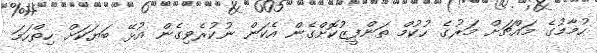
ހުމާމުގެ މައްޗަށް މަރުގެ ހުކުމް ތަންފީޒުކޮށްގެން އެކަން ނުކުރެވިގެން އުޅޭ ބަޔަކަށް ހިތްހަމަ